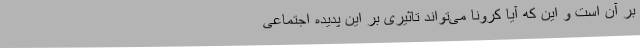
بر آن است و این که آیا کرونا می‌تواند تاثیری بر این پدیده اجتماعی